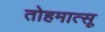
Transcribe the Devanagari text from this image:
तोहमात्सू